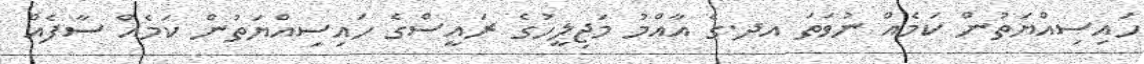
ހައިސިއްޔަތުން ކަމެއް ނުވަތަ އދ.ގެ އާއްމު މަޖިލީހުގެ ރައީސްގެ ހައިސިއްޔަތުން ކަމެއް ސާފެއް